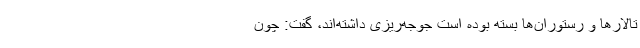
تالارها و رستوران‌ها بسته بوده است جوجه‌ریزی داشته‌اند، گفت: چون